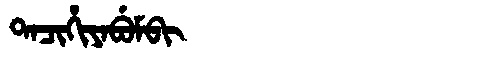
Manchu: ᡨᠠᠴᡳᡥᡳᠶᠠᠪᡠᠮᠪᡳ
Romanization: TACIHIYABUMBI